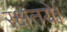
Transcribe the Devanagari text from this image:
रक्षतये।